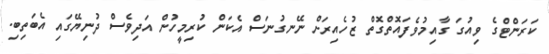
ކަރަންޓްގެ ވިއުގަ ގާއިމުވެފައޮތްގޮތް ޒުހެއިރަށް ނޭނގުނަސް އެކަން ކުރިމީހުން އަދިވެސް ދުނިޔޭގައި އެބަތިބި.